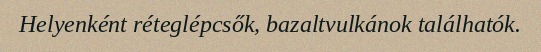
Helyenként réteglépcsők, bazaltvulkánok találhatók.